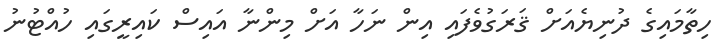
ހިތާމައިގެ ދުނިޔެއަށް ޤަރަގުވެފައި އިން ނަހާ އަށް މިންނާ އައިސް ކައިރީގައި ހުއްޓުނު